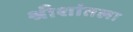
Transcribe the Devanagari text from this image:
श्रीशांतला